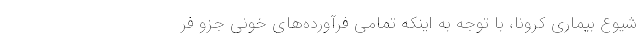
شیوع بیماری کرونا، با توجه به اینکه تمامی فرآورده‌های خونی جزو فر